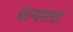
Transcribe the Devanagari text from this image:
धान्यसाठा